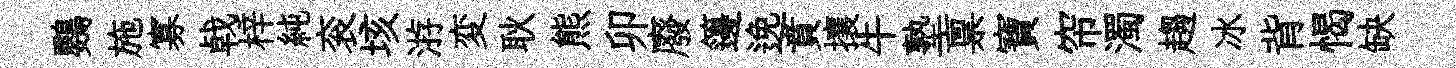
鸚施寡㦸梓純衮垓㳺変耿熊卯廢籩𨓜賁攘牛塾禀寶帘濁趨冰背愒缺